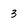
Character: 3